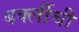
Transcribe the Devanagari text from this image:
बर्क्लीची